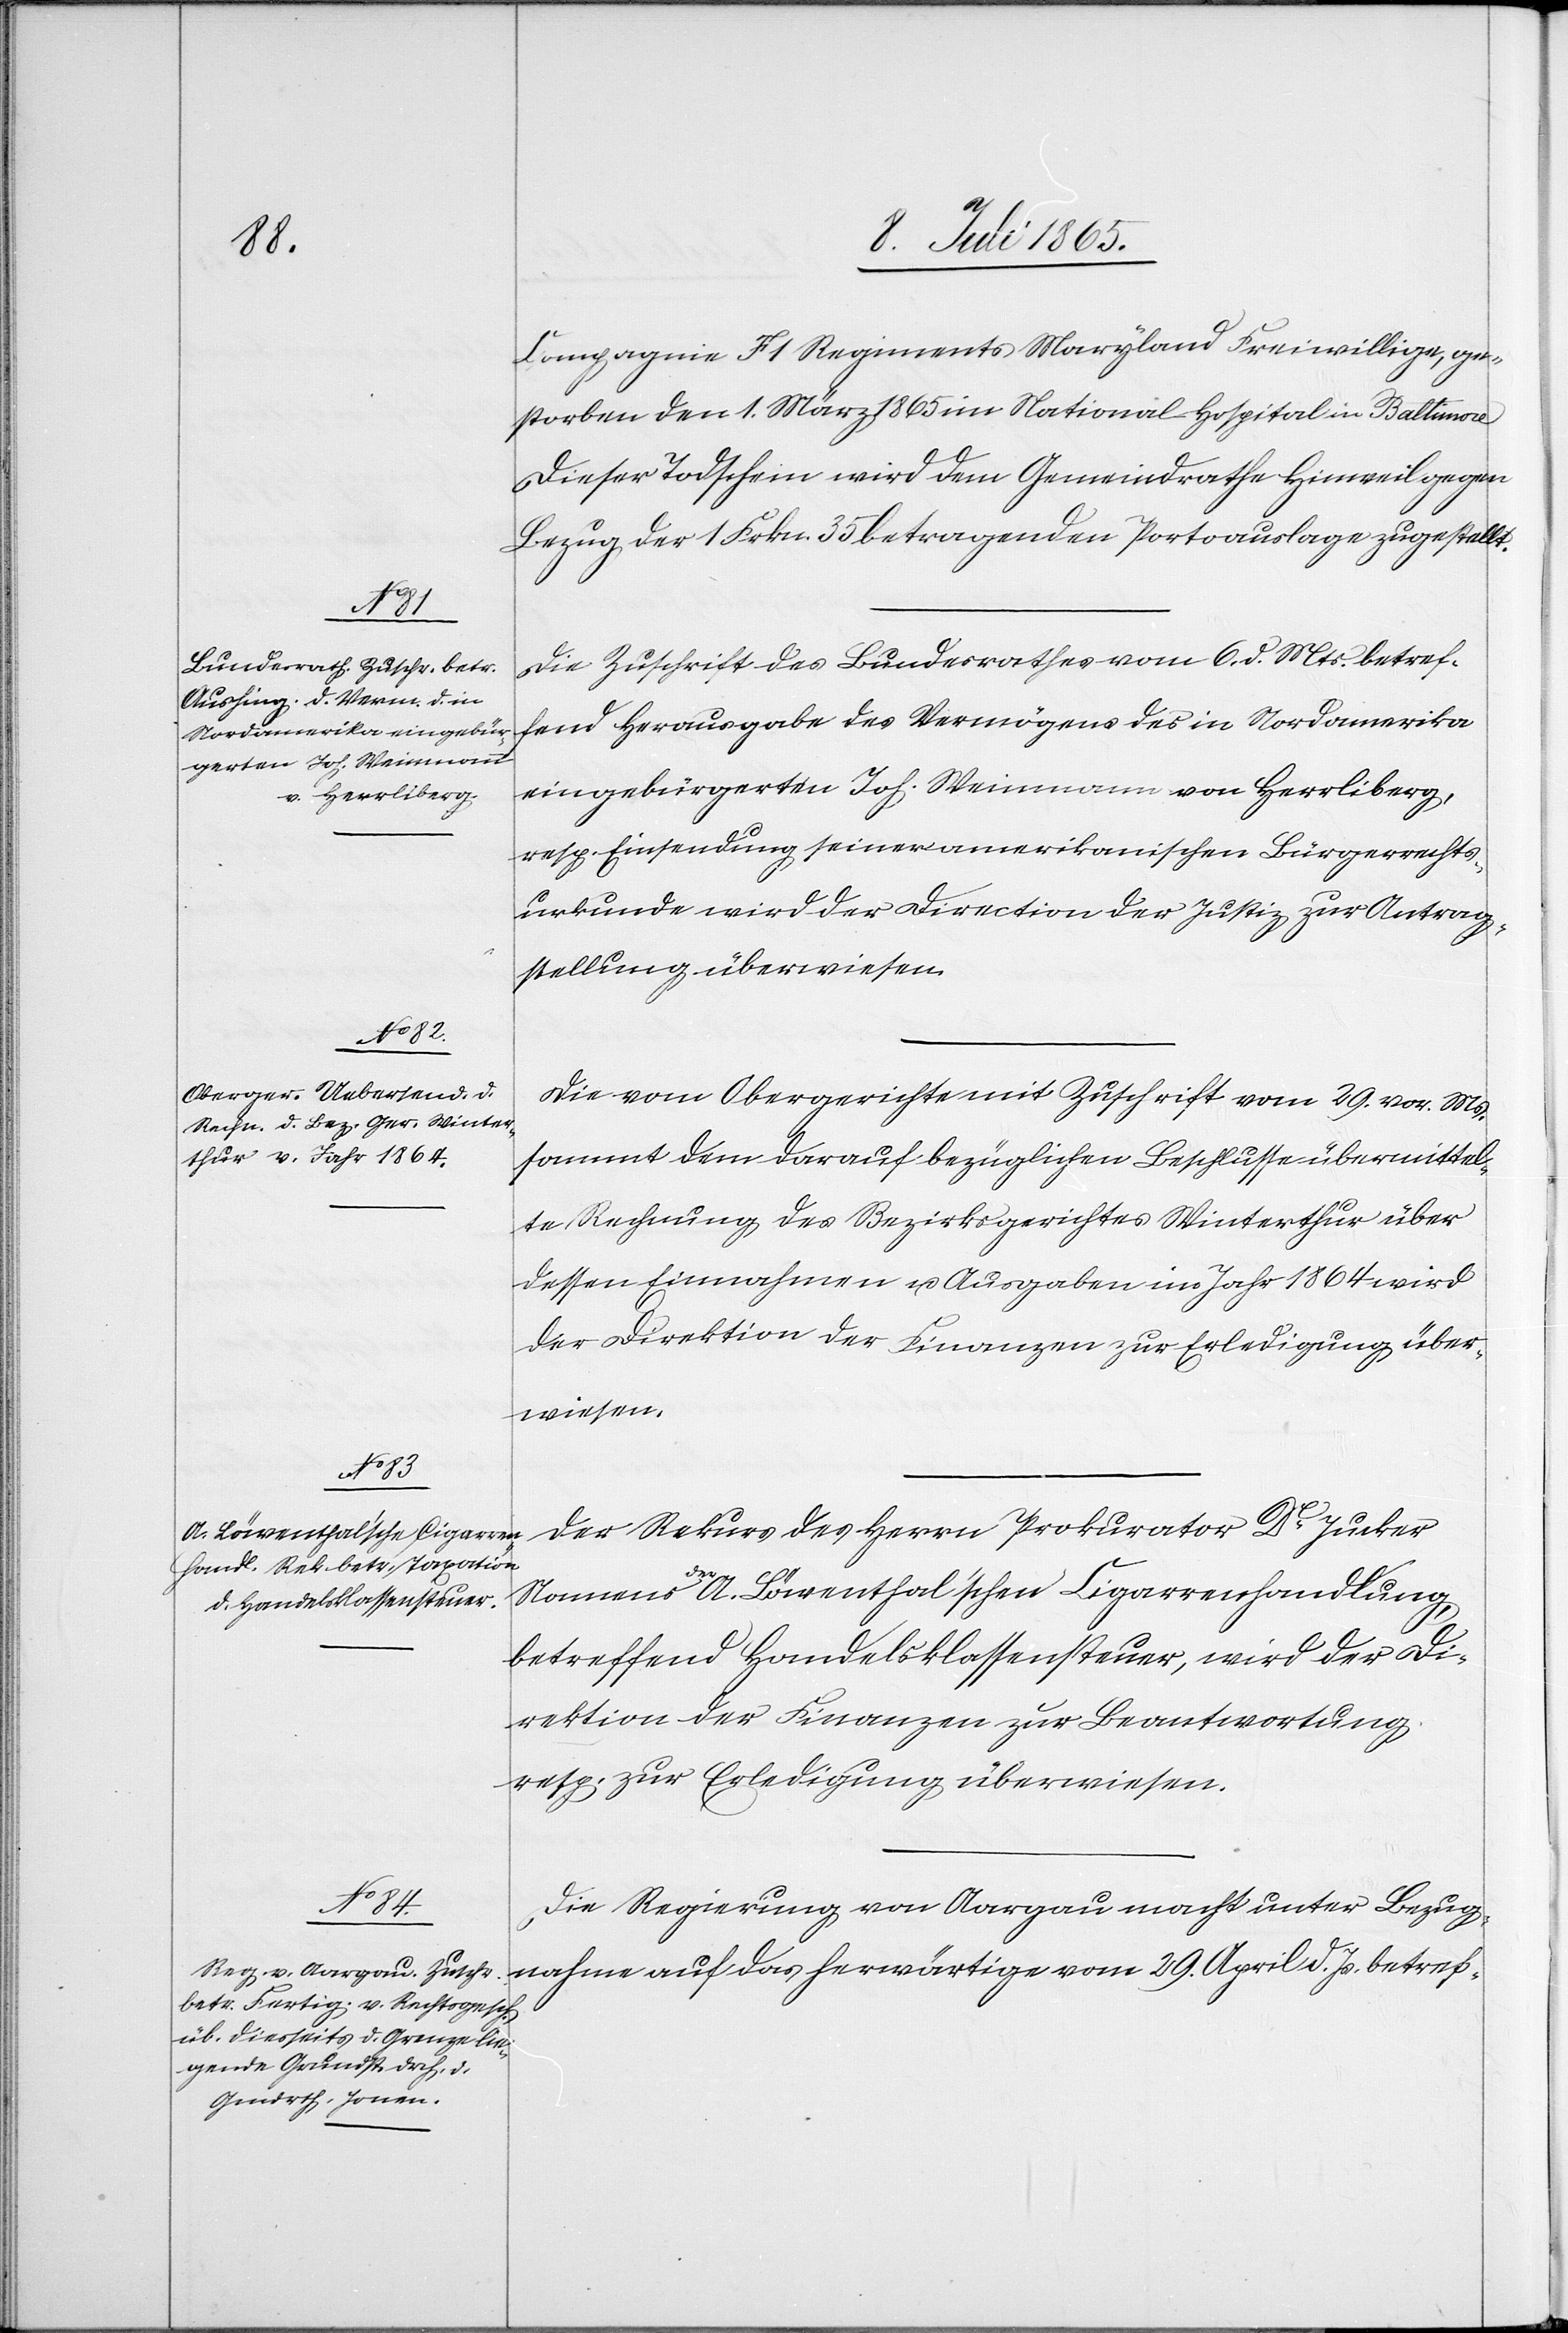
10. Juli 1865.]
Compagnie F 1 Regiments Maryland Freiwillige, ge¬
storben den 1. März 1865 im National-Hospital in Baltimore.
Dieser Todschein wird dem Gemeindrathe Hinweil gegen
Bezug der 1 Frkn. 35 betragenden Portoauslage zugestellt.
Die Zuschrift des Bundesrathes vom 6. d. Mts. betref¬
fend Herausgabe des Vermögens des in Nordamerika
eingebürgerten Joh. Weinmann von Herrliberg,
resp. Einsendung seiner amerikanischen Bürgerrechts¬
urkunde wird der Direction der Justiz zur Antrag¬
stellung überwiesen.
Die vom Obergerichte mit Zuschrift vom 29. vor. Ms.
sammt dem darauf bezüglichen Beschlusse übermittel¬
te Rechnung des Bezirksgerichtes Winterthur über
dessen Einnahmen u. Ausgaben im Jahr 1864 wird
der Direktion der Finanzen zur Erledigung über¬
wiesen.
Der Rekurs des Herrn Prokurator Dr Jucker
Namens der A. Bärenthal’schen Cigarrenhandlung,
betreffend Handelsklassensteuer, wird der Di¬
rektion der Finanzen zur Beantwortung
resp. zur Erledigung überwiesen.
Die Regierung von Aargau macht unter Bezug¬
nahme auf das herwärtige vom 29. April d. Js. betref-